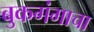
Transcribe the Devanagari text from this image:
बुकगंगाचा